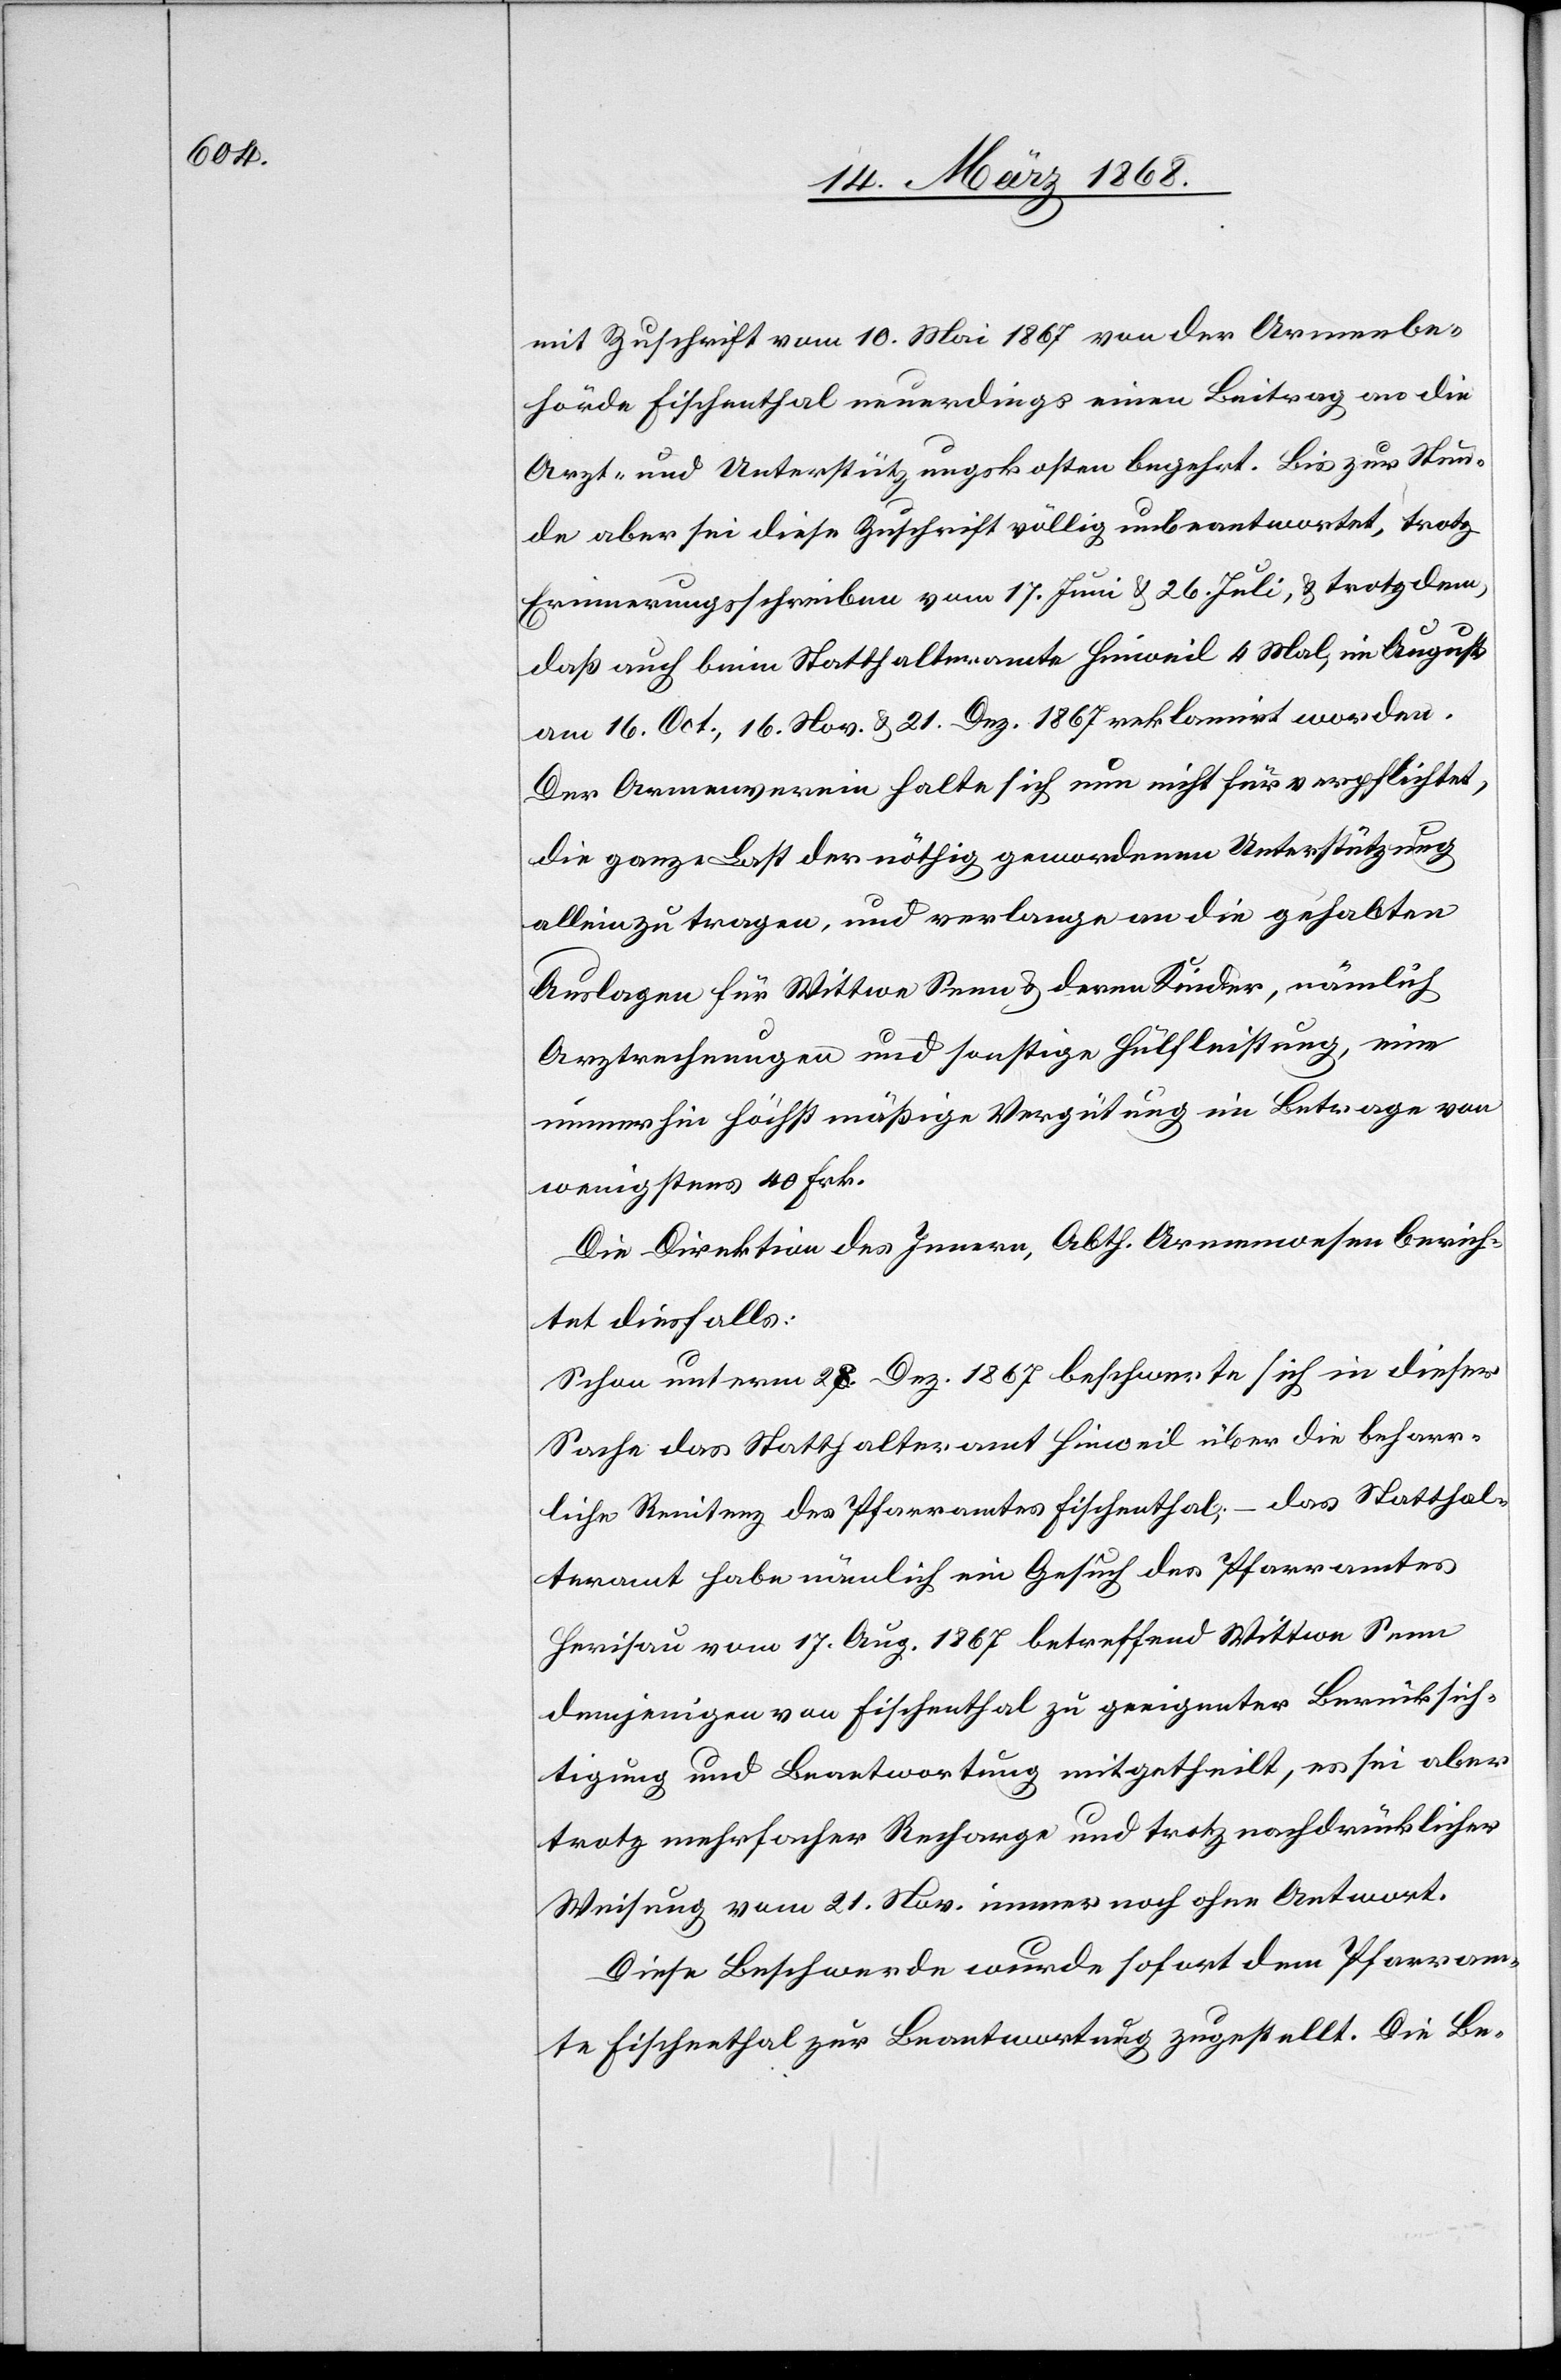
mit Zuschrift vom 10. Mai 1867 von der Armenbe¬
hörde Fischenthal neuerdings einen Beitrag an die
Arzt- und Unterstützungskosten begehrt. Bis zur Stun¬
de aber sei diese Zuschrift völlig unbeantwortet, trotz
Erinnerungsschreiben vom 17. Juni & 26. Juli, & trotzdem,
daß auch beim Statthalteramte Hinweil 4 Mal, im August,
am 16. Oct., 16. Nov. & 21. Dez. 1867 reklamirt worden.
Der Armenverein halte sich nun nicht für verpflichtet,
die ganze Last der nöthig gewordenen Unterstützung
allein zu tragen, und verlange an die gehabten
Auslagen für Wittwe Senn & deren Kinder, nämlich
Arztrechnungen und sonstige Hülfleistung, eine
immerhin höchst mäßige Vergütung im Betrage von
wenigstens 40 Frk.
Die Direktion des Innern, Abth. Armenwesen berich¬
tet diesfalls:
Schon unterm 28. Dez. 1867 beschwerte sich in dieser
Sache das Statthalteramt Hinweil über die beharr¬
liche Renitenz des Pfarramtes Fischenthal, – das Statthal¬
teramt habe nämlich ein Gesuch des Pfarramtes
Herisau vom 17. Aug. 1867 betreffend Wittwe Senn
demjenigen von Fischenthal zu geeigneter Berücksich¬
tigung und Beantwortung mitgetheilt, es sei aber
trotz mehrfacher Recharge und trotz nachdrücklicher
Weisung vom 21. Nov. immer noch ohne Antwort.
Diese Beschwerde wurde sofort dem Pfarram¬
te Fischenthal zur Beantwortung zugestellt. Die Be-